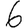
Digit: 6